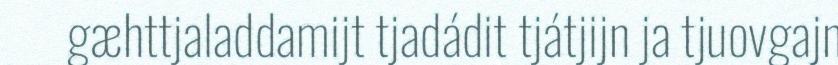
gæhttjaladdamijt tjadádit tjátjijn ja tjuovgajn